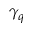
\gamma _ { q }